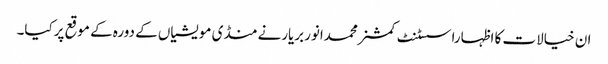
ان خیالات کا اظہاراسسٹنٹ کمشنرمحمدانوربریارنے منڈی مویشیاں کے دورہ کے موقع پرکیا۔